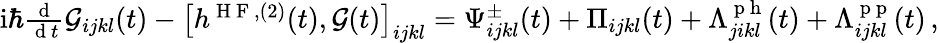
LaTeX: \begin{array}{r}{\mathrm{i}\hbar\frac{\mathrm{~d~}}{\mathrm{~d~}t}\mathcal{G}_{ijkl}(t)-\left[h^{\mathrm{~H~F~},(2)}(t),\mathcal{G}(t)\right]_{ijkl}=\Psi_{ijkl}^{\pm}(t)+\Pi_{ijkl}(t)+\Lambda_{jikl}^{\mathrm{~p~h~}}(t)+\Lambda_{ijkl}^{\mathrm{~p~p~}}(t)\, ,}\end{array}